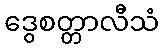
ဒွေစတ္တာလီသံ